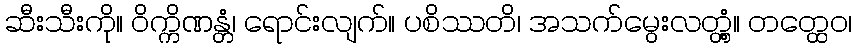
ဆီးသီးကို။ ဝိက္ကိဏန္တံ၊ ရောင်းလျက်။ ပစိဿတိ၊ အသက်မွေးလတ္တံ့။ တတ္ထေဝ၊